Civil Veterinary Department Bihar reports 1936-40 - 1936-1940
Year: 1936
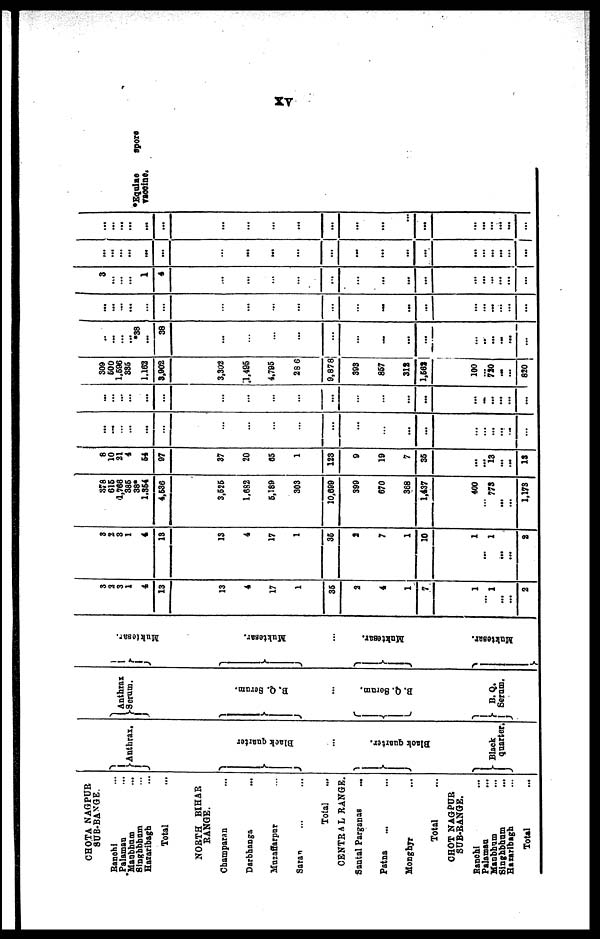
XV
CHOTA NAGPUR
SUB-BAVGE
Ranchi ...
Palaman ...
Manbhum
...
Singbbhum ...
Hazaribagh ...
Total ...
NORTH BIHAR
RANGE.
Champaran ...
Darbhanga ...
Muzaffarpar ...
Saran ... ...
Total ...
CENTRAL RANGE.
Santal Parganas ...
Patna ... ...
Monghyr ...
Total ...
CHOT NAGPUR
SUB-RANGE.
Ranchi ...
Palaman ...
Manbhum ...
Singhbhnm ...
Hazaribagh ...
Total ...
Anthrax.
Bl ack quarter
...
Black quarter.
V Black
quarter.
Anthrax
Serum.
B. Q. Scr um.
...
B. Q. Seram.
B. Q.
Serum.
Mukt e s a r
.
Mukt e s a r
.
...
Muktesar.
Muktesar.
3
2
3
1
4
13
13
4
17
1
36
2
4
1
7
1
... 1
...
...
2
8
2
3
1
4
13
13
41
17
1
36
2
7
1
10
1
... 1
...
...
2
378
616
4,768
336
38*
1,354
4,536
3,525
1,682
6,180
303
10,699
398
670
368
1,437
400
773
...
...
1,173
8
10
21
4
64
97
37
20
65
1
123
9
19
7
36
...
... 13
...
...
13
...
...
...
...
...
...
...
...
...
...
...
...
...
...
...
...
...
...
...
...
...
...
... ...
...
...
...
...
...
...
...
...
...
...
...
...
...
...
...
...
...
...
309
600
1,596
336
1,162
3,902
3,302
1,495
4,796
28 6
9,878
393
867
312
1,562
100
... 720
...
...
820
...
...
...
... .38
...
38
...
...
...
...
...
...
...
...
...
...
..
...
...
...
...
...
...
...
...
...
...
...
...
...
...
...
...
...
...
...
...
...
...
...
...
...
3
...
...
...
1
4
...
...
...
...
...
...
...
...
...
...
...
...
...
...
...
...
...
...
...
...
...
...
...
...
...
...
...
...
...
...
...
...
...
...
...
...
...
...
...
...
...
...
...
...
...
...
...
...
...
...
...
...
...
...
...
...
...
*Equine spore
vaccine.